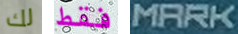
لك فقط MARK